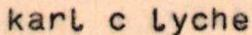
karl c lyche